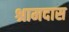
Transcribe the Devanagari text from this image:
श्रामदास